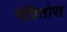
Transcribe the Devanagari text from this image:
नेग्रितोस